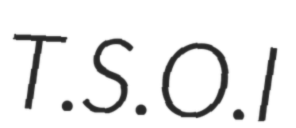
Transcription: T.S.O.I